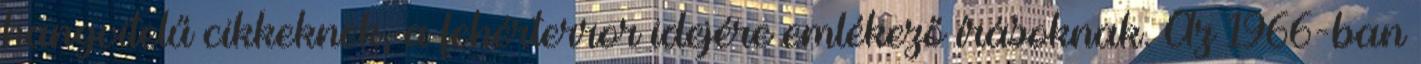
hangvitelű cikkeknek, a fehérterror idejére emlékező írásoknak. Az 1966-ban